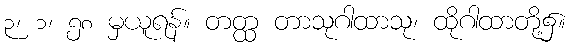
၃၊ ၁၊ ၅၈ မှယူရန်။ တတ္ထ တာသုဂါထာသု၊ ထိုဂါထာတို့၌။